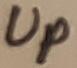
Text: Up